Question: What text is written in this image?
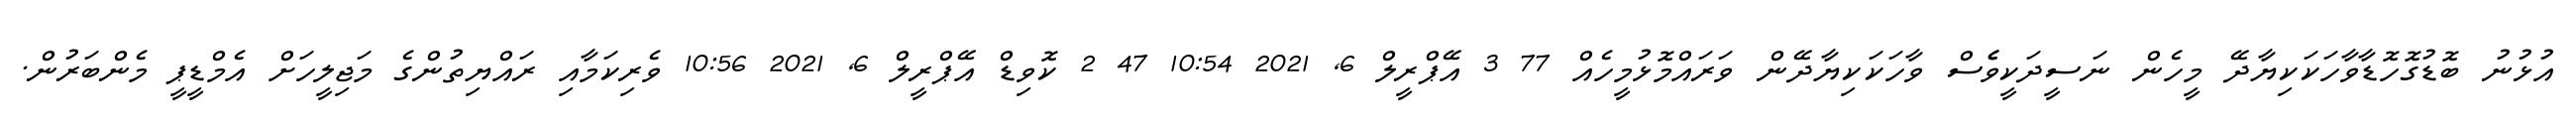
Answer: އުޅުނު ބޮޑުގޮހޮޑާވާހަކަކިޔާދޭ މީހެން ނަސީދަކީވެެސް ވާހަކަކިޔާދޭން ވަރައްމޮޅުމީހެއް 77 3 އޭޕްރީލް 6, 2021 10:54 47 2 ކޮވިޑް އޭޕްރީލް 6, 2021 10:56 ވެރިކަމާއި ރައްޔިތުންގެ މަޖިލީހަށް އެމްޑީޕީ މެންބަރުން.